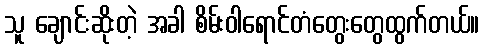
သူ ချောင်းဆိုးတဲ့ အခါ စိမ်းဝါရောင်တံတွေးတွေထွက်တယ်။